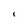
Character: I